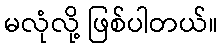
မလုံလို့ ဖြစ်ပါတယ်။